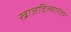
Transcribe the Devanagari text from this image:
खाजविल्यानंतर